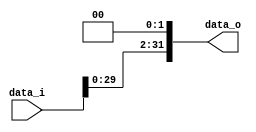
//0516305 Bing Xun Song
//Subject:      CO project 2 - Shift_Left_Two_32
//--------------------------------------------------------------------------------
//Version:     1
//--------------------------------------------------------------------------------
//Description: 
//--------------------------------------------------------------------------------

module Shift_Left_Two_32(
    data_i,
    data_o
    );

//I/O ports                    
input [32-1:0] data_i;
output [32-1:0] data_o;

//shift left 2
assign data_o = {data_i[29:0],2'b00};
endmodule